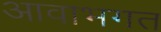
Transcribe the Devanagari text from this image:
आवाभगत